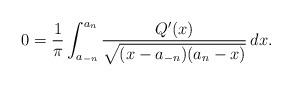
LaTeX: \begin{align*}0=\frac{1}{\pi}\int_{a_{-n}}^{a_n}\frac{Q'(x)}{\sqrt{(x-a_{-n})(a_n-x)}} \, dx.\end{align*}